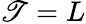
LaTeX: \mathscr{T}=L